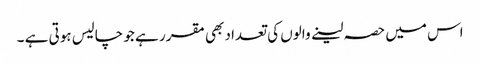
اس میں حصہ لینے والوں کی تعداد بھی مقرر ہے جو چالیس ہوتی ہے ۔